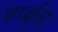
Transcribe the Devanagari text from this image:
हार्ब्र्स